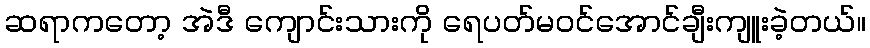
ဆရာကတော့ အဲဒီ ကျောင်းသားကို ရေပတ်မဝင်အောင်ချီးကျူးခဲ့တယ်။